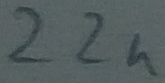
Text: 22n